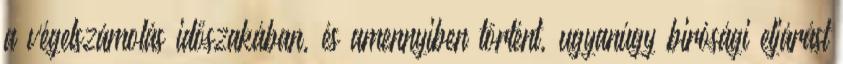
a végelszámolás időszakában, és amennyiben történt, ugyanúgy birósági eljárást